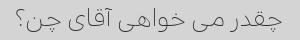
چقدر می خواهی آقای چن؟